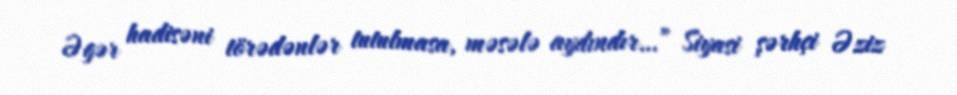
Əgər hadisəni törədənlər tutulmasa, məsələ aydındır…” Siyasi şərhçi Əziz